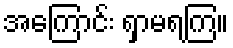
အကြောင်း ရှာမရကြ။